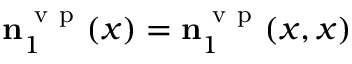
\ensuremath { \mathbf { n } } _ { 1 } ^ { \ensuremath { \mathrm { ~ v ~ p ~ } } } ( x ) = \ensuremath { \mathbf { n } } _ { 1 } ^ { \ensuremath { \mathrm { ~ v ~ p ~ } } } ( x , x )